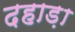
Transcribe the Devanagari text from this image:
दहाड़ा